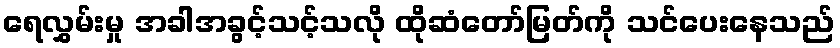
ရေလွှမ်းမှု အခါအခွင့်သင့်သလို ထိုဆံတော်မြတ်ကို သင်ပေးနေသည်